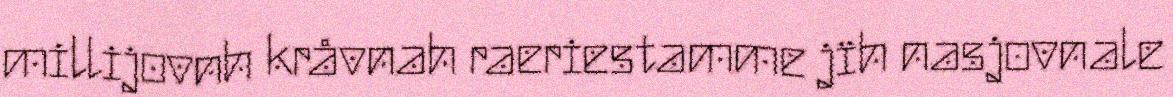
millijovnh kråvnah raeriestamme jïh nasjovnale